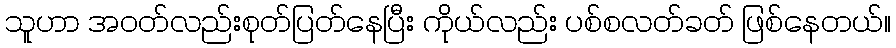
သူဟာ အဝတ်လည်းစုတ်ပြတ်နေပြီး ကိုယ်လည်း ပစ်စလတ်ခတ် ဖြစ်နေတယ်။